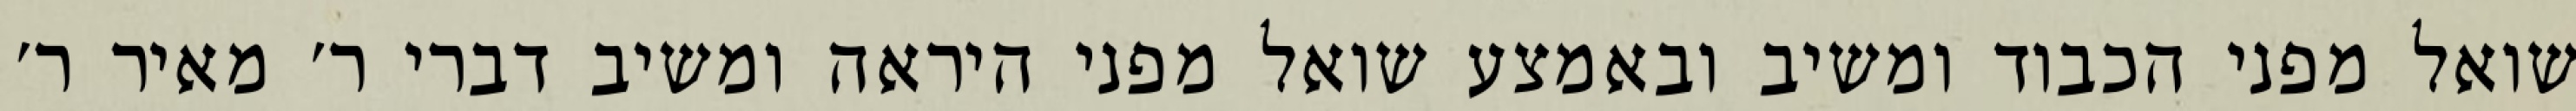
שואל מפני הכבוד ומשיב ובאמצע שואל מפני היראה ומשיב דברי ר׳ מאיר ר׳